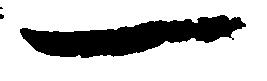
一